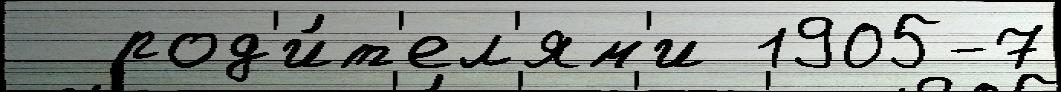
  род'и́т'ел'ям'и 1905-7